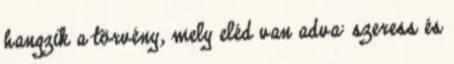
hangzik a törvény, mely eléd van adva: szeress és